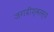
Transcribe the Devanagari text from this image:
जगदीश्वरस्य